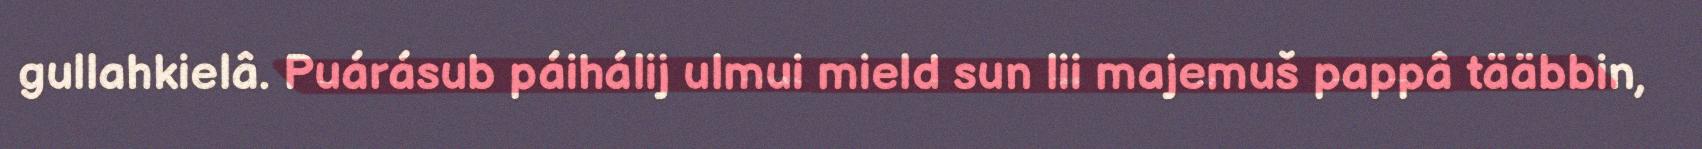
gullahkielâ. Puárásub páihálij ulmui mield sun lii majemuš pappâ tääbbin,